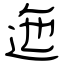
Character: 迤